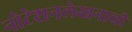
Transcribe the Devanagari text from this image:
नोटेशनलेखनाची